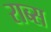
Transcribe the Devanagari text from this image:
राब्स